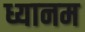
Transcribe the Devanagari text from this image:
ध्यानम